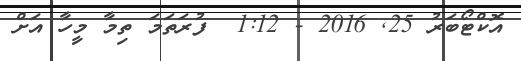
އޮކްޓޯބަރު 25